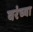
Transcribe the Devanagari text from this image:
वरंच्या